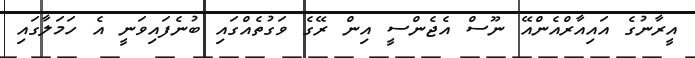
އީރާނުގެ އައިއާރްއެންއޭ ނޫސް އެޖެންސީ އިން ރޭގެ ވަގުތެއްގައި ބުނެފައިވަނީ އެ ހަމަލާގައި